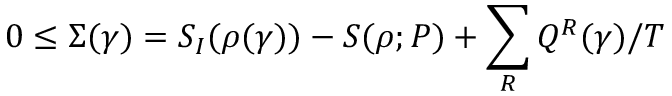
0 \le \Sigma ( \gamma ) = S _ { I } ( \rho ( \gamma ) ) - S ( \rho ; P ) + \sum _ { R } Q ^ { R } ( \gamma ) / T